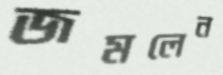
জমলেন